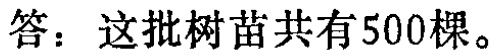
答：这批树苗共有500棵。